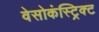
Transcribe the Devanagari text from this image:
वेसोकंस्ट्रिक्ट